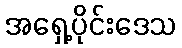
အရှေ့ပိုင်းဒေသ